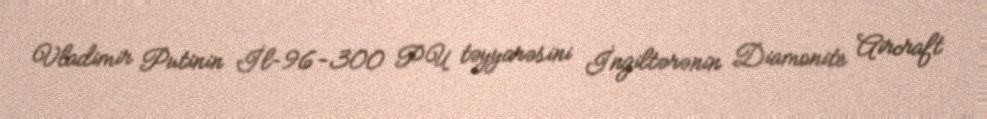
Vladimir Putinin İl-96-300 PU təyyarəsini İngiltərənin Diamonite Aircraft